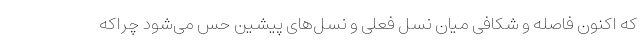
که اکنون فاصله و شکافی میان نسل فعلی و نسل‌های پیشین حس می‌شود چراکه